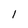
Character: 1